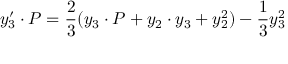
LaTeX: y _ { 3 } ^ { \prime } \cdot P = { \frac { 2 } { 3 } } ( y _ { 3 } \cdot P + y _ { 2 } \cdot y _ { 3 } + y _ { 2 } ^ { 2 } ) - { \frac { 1 } { 3 } } y _ { 3 } ^ { 2 }